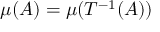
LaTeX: \mu ( A ) = \mu ( T ^ { - 1 } ( A ) )